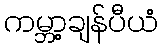
ကမ္ဘာ့ချန်ပီယံ